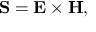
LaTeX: \mathbf { S } = \mathbf { E } \times \mathbf { H } ,